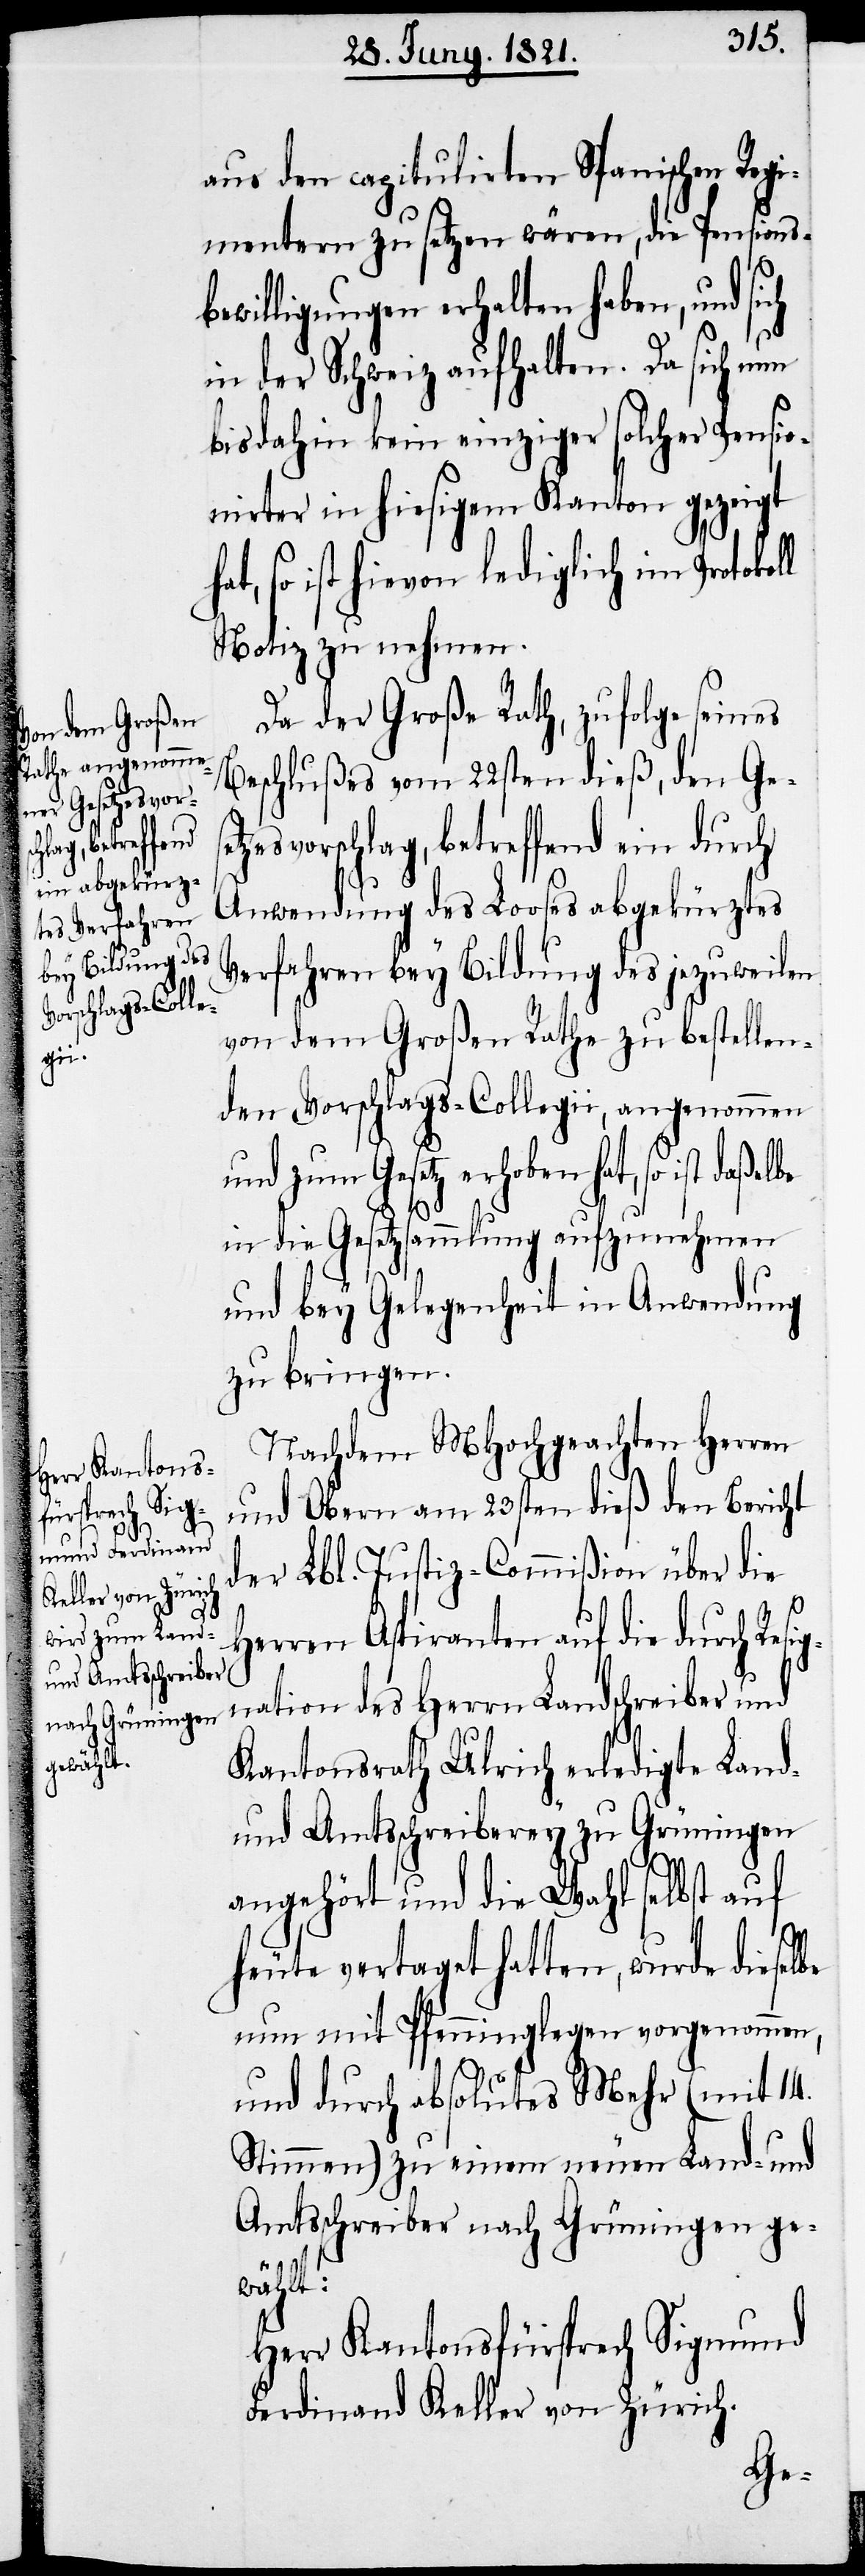
h¬

be

aus den capitulirten Spanischen Regi¬
mentern zu setzen wären, die Pensionsb¬
ewilligungen erhalten haben, und si¬
in der Schweiz aufhalten. Da sich nun
bisdahin kein einziger solcher Pensio¬
nirter in hiesigem Kanton gezeigt
at, so ist hievon lediglich im Protokol¬
Notiz zu nehmen.
Da der Große Rath, zufolge seines
Beschlußes vom 22sten dieß, den Ge¬
zesvorschlag, betreffend ein durch
Anwendung des Looses abgekürztes
Verfahren bey Bildung des jezuweilen
von dem Großen Rathe zu bestellen¬
den Vorschlags-Collegii, angenommen
und zum Gesetz erhoben hat, so ist
in die Gesetzsammlung aufzunehmen
und bey Gelegenheit in Anwendung
zu bringen.
Nachdem MHochgeachten Herren
und Obern am 23sten dieß den Bericht
der Lbl. Justiz-Commißion über die
l
Herren Aspiranten auf die durch Res¬
ation des Herrn Landschreiber und
Kantonsrath Ulrich erledigte Land-
und Amtsschreiberey zu Grüningen
angehört und die Wahl selbst auf
heute vertaget hatten, wurde diesel¬
nun mit Pfenninglegen vorgenommen,
und durch absolutes Mehr (mit 14.
Stimmen) zu einem neuen Land- und
Amtsschreiber nach Grüningen ge¬
wählt:
Herr Kantonsfürsprech Sigmund
Ferdinand Keller von Zürich.